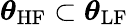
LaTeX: \boldsymbol{\theta}_{\mathrm{HF}}\subset\boldsymbol{\theta}_{\mathrm{LF}}